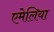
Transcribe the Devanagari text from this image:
एमेलिया